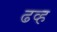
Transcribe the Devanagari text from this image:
ढव्ह